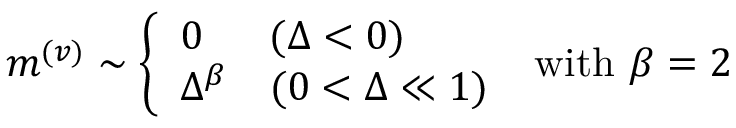
m ^ { ( v ) } \sim \left\{ \begin{array} { l l } { 0 } & { ( \Delta < 0 ) } \\ { \Delta ^ { \beta } } & { ( 0 < \Delta \ll 1 ) } \end{array} \right. \ \mathrm { w i t h } \ \beta = 2